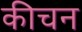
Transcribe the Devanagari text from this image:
कीचन